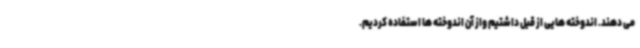
می دهند. اندوخته هایی از قبل داشتیم واز آن اندوخته ها استفاده کردیم.